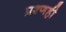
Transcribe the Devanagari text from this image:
प्रश्णही